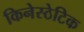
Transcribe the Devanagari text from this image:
किनेस्ठेटिक